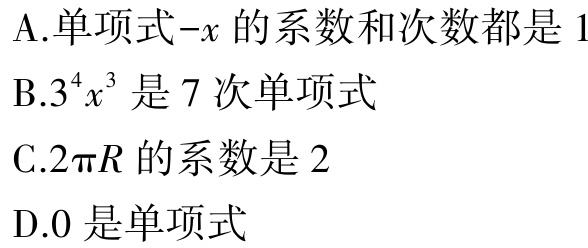
A.单项式\(-x\)的系数和次数都是\(1\)

B.\(3^{4}x^{3}\)是\(7\)次单项式

C.\(2\pi R\)的系数是\(2\)

D.\(0\)是单项式